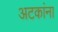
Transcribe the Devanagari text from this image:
अटकांना